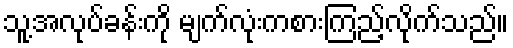
သူ့အလုပ်ခန်းကို မျက်လုံးကစားကြည့်လိုက်သည်။